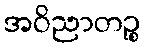
အဝိညာတဉ္စ